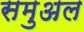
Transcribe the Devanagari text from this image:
समुअल